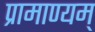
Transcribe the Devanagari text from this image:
प्रामाण्यम्